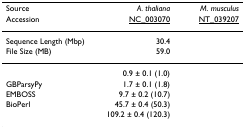
<table><thead><tr><td><b>Source</b></td><td><b><i>A. thaliana</i></b></td><td><b><i>M. musculus</i></b></td></tr><tr><td><b>Accession</b></td><td><b>NC_003070</b></td><td><b>NT_039207</b></td></tr></thead><tbody><tr><td>Sequence Length (Mbp)</td><td>30.4</td><td>[EMPTY_CELL]</td></tr><tr><td>File Size (MB)</td><td>59.0</td><td>[EMPTY_CELL]</td></tr><tr><td>[EMPTY_CELL]</td><td>0.9 ± 0.1 (1.0)</td><td>[EMPTY_CELL]</td></tr><tr><td>GBParsyPy</td><td>1.7 ± 0.1 (1.8)</td><td>[EMPTY_CELL]</td></tr><tr><td>EMBOSS</td><td>9.7 ± 0.2 (10.7)</td><td>[EMPTY_CELL]</td></tr><tr><td>BioPerl</td><td>45.7 ± 0.4 (50.3)</td><td>[EMPTY_CELL]</td></tr><tr><td>[EMPTY_CELL]</td><td>109.2 ± 0.4 (120.3)</td><td>[EMPTY_CELL]</td></tr></tbody></table>